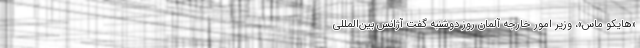
«هایکو ماس»، وزیر امور خارجه آلمان روز دوشنبه گفت آژانس بین‌المللی